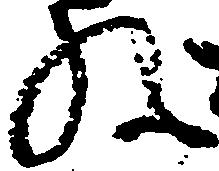
ね